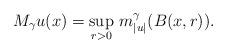
LaTeX: \begin{align*}M_\gamma u(x)=\sup_{r>0}\,m_{|u|}^\gamma(B(x,r)).\end{align*}